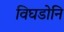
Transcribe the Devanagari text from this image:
विघडोनि